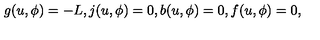
g ( u , \phi ) = - L , j ( u , \phi ) = 0 , b ( u , \phi ) = 0 , f ( u , \phi ) = 0 ,